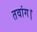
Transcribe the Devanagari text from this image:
तवांग।